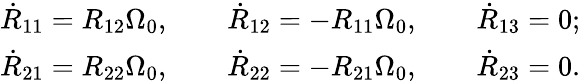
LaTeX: \begin{array}{r}{\dot{R}_{11}=R_{12}\Omega_{0},\qquad\dot{R}_{12}=-R_{11}\Omega_{0},\qquad\dot{R}_{13}=0;}\\ {\dot{R}_{21}=R_{22}\Omega_{0},\qquad\dot{R}_{22}=-R_{21}\Omega_{0},\qquad\dot{R}_{23}=0.}\end{array}